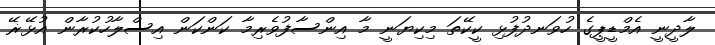
ލާދީނީ އެމްޑީޕީގެ ހުވަނދުފުޅި ކީކޭތަ މިކިޔަނީ މާ އިންސާފުވެރިމާ ކަންކަން އިސްލާހުކުރާން އުޅޭޜޭ